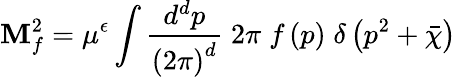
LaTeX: \mathbf{M}_{f}^{2}=\mu^{\epsilon}\int\frac{{d^{d}p}}{{\left(2\pi\right)^{d}}}\; 2\pi\; f\left(p\right)\; \delta\left(p^{2}+\bar{{\chi}}\right)